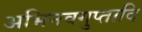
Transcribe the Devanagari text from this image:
अभिनवगुप्तादि